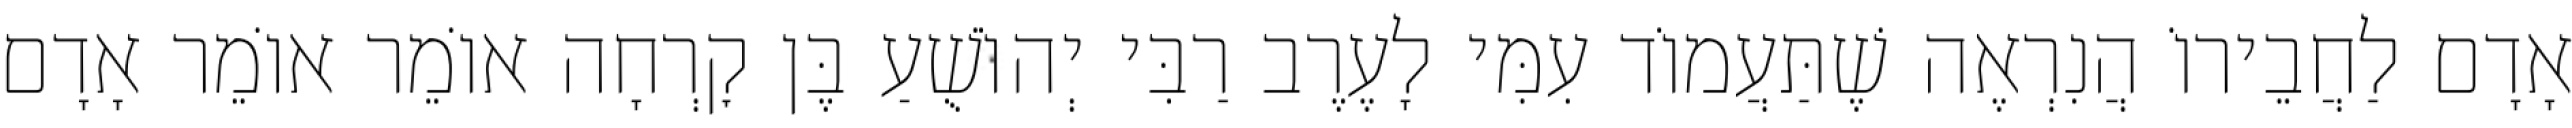
אָדָם לַחֲבֵירוֹ הֲנִרְאֶה שֶׁתַּעֲמוֹד עִמִּי לָעֶרֶב רַבִּי יְהוֹשֻׁעַ בֶּן קׇרְחָה אוֹמֵר אוֹמֵר אָדָם